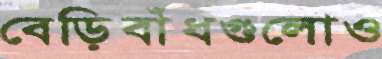
বেড়িবাঁধগুলোও